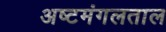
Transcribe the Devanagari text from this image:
अष्टमंगलताल